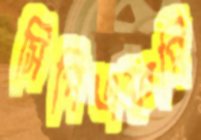
সিপিএফপি